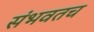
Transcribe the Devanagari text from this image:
संभवतच